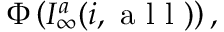
\Phi \left( { \cal I } _ { \infty } ^ { a } ( i , \mathrm { ~ a ~ l ~ l ~ } ) \right) ,